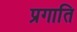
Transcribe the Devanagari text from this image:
प्रगाति